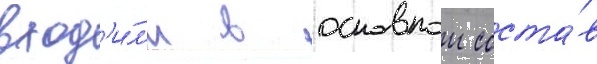
вход'и́л'и в основнои соста́в